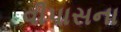
વીપાસના